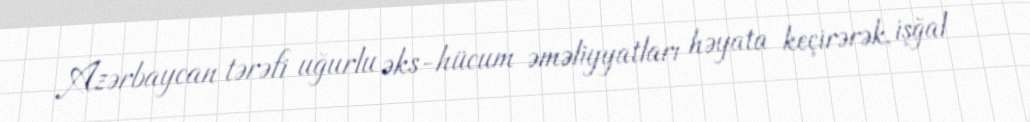
Azərbaycan tərəfi uğurlu əks-hücum əməliyyatları həyata keçirərək, işğal